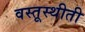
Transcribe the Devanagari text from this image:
वस्तूस्थीती